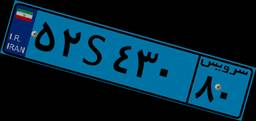
۷۳S۲۵۰۴۳